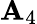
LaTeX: \mathbf{A}_{4}